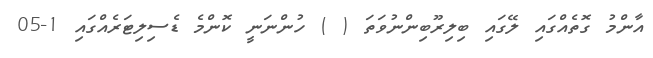
އާންމު ގޮތެއްގައި ލޭގައި ބިލިރޫބިންނުވަތަ ( ) ހުންނަނީ ކޮންމެ ޑެސިލިޓަރެއްގައި 1-05